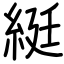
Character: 綎